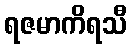
ရဇမာကိရသီ